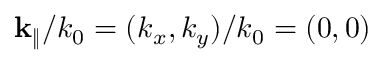
{ \bf { k } } _ { \Vert } / k _ { 0 } = ( k _ { x } , k _ { y } ) / k _ { 0 } = ( 0 , 0 )